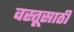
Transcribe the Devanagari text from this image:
वस्तूसाठी